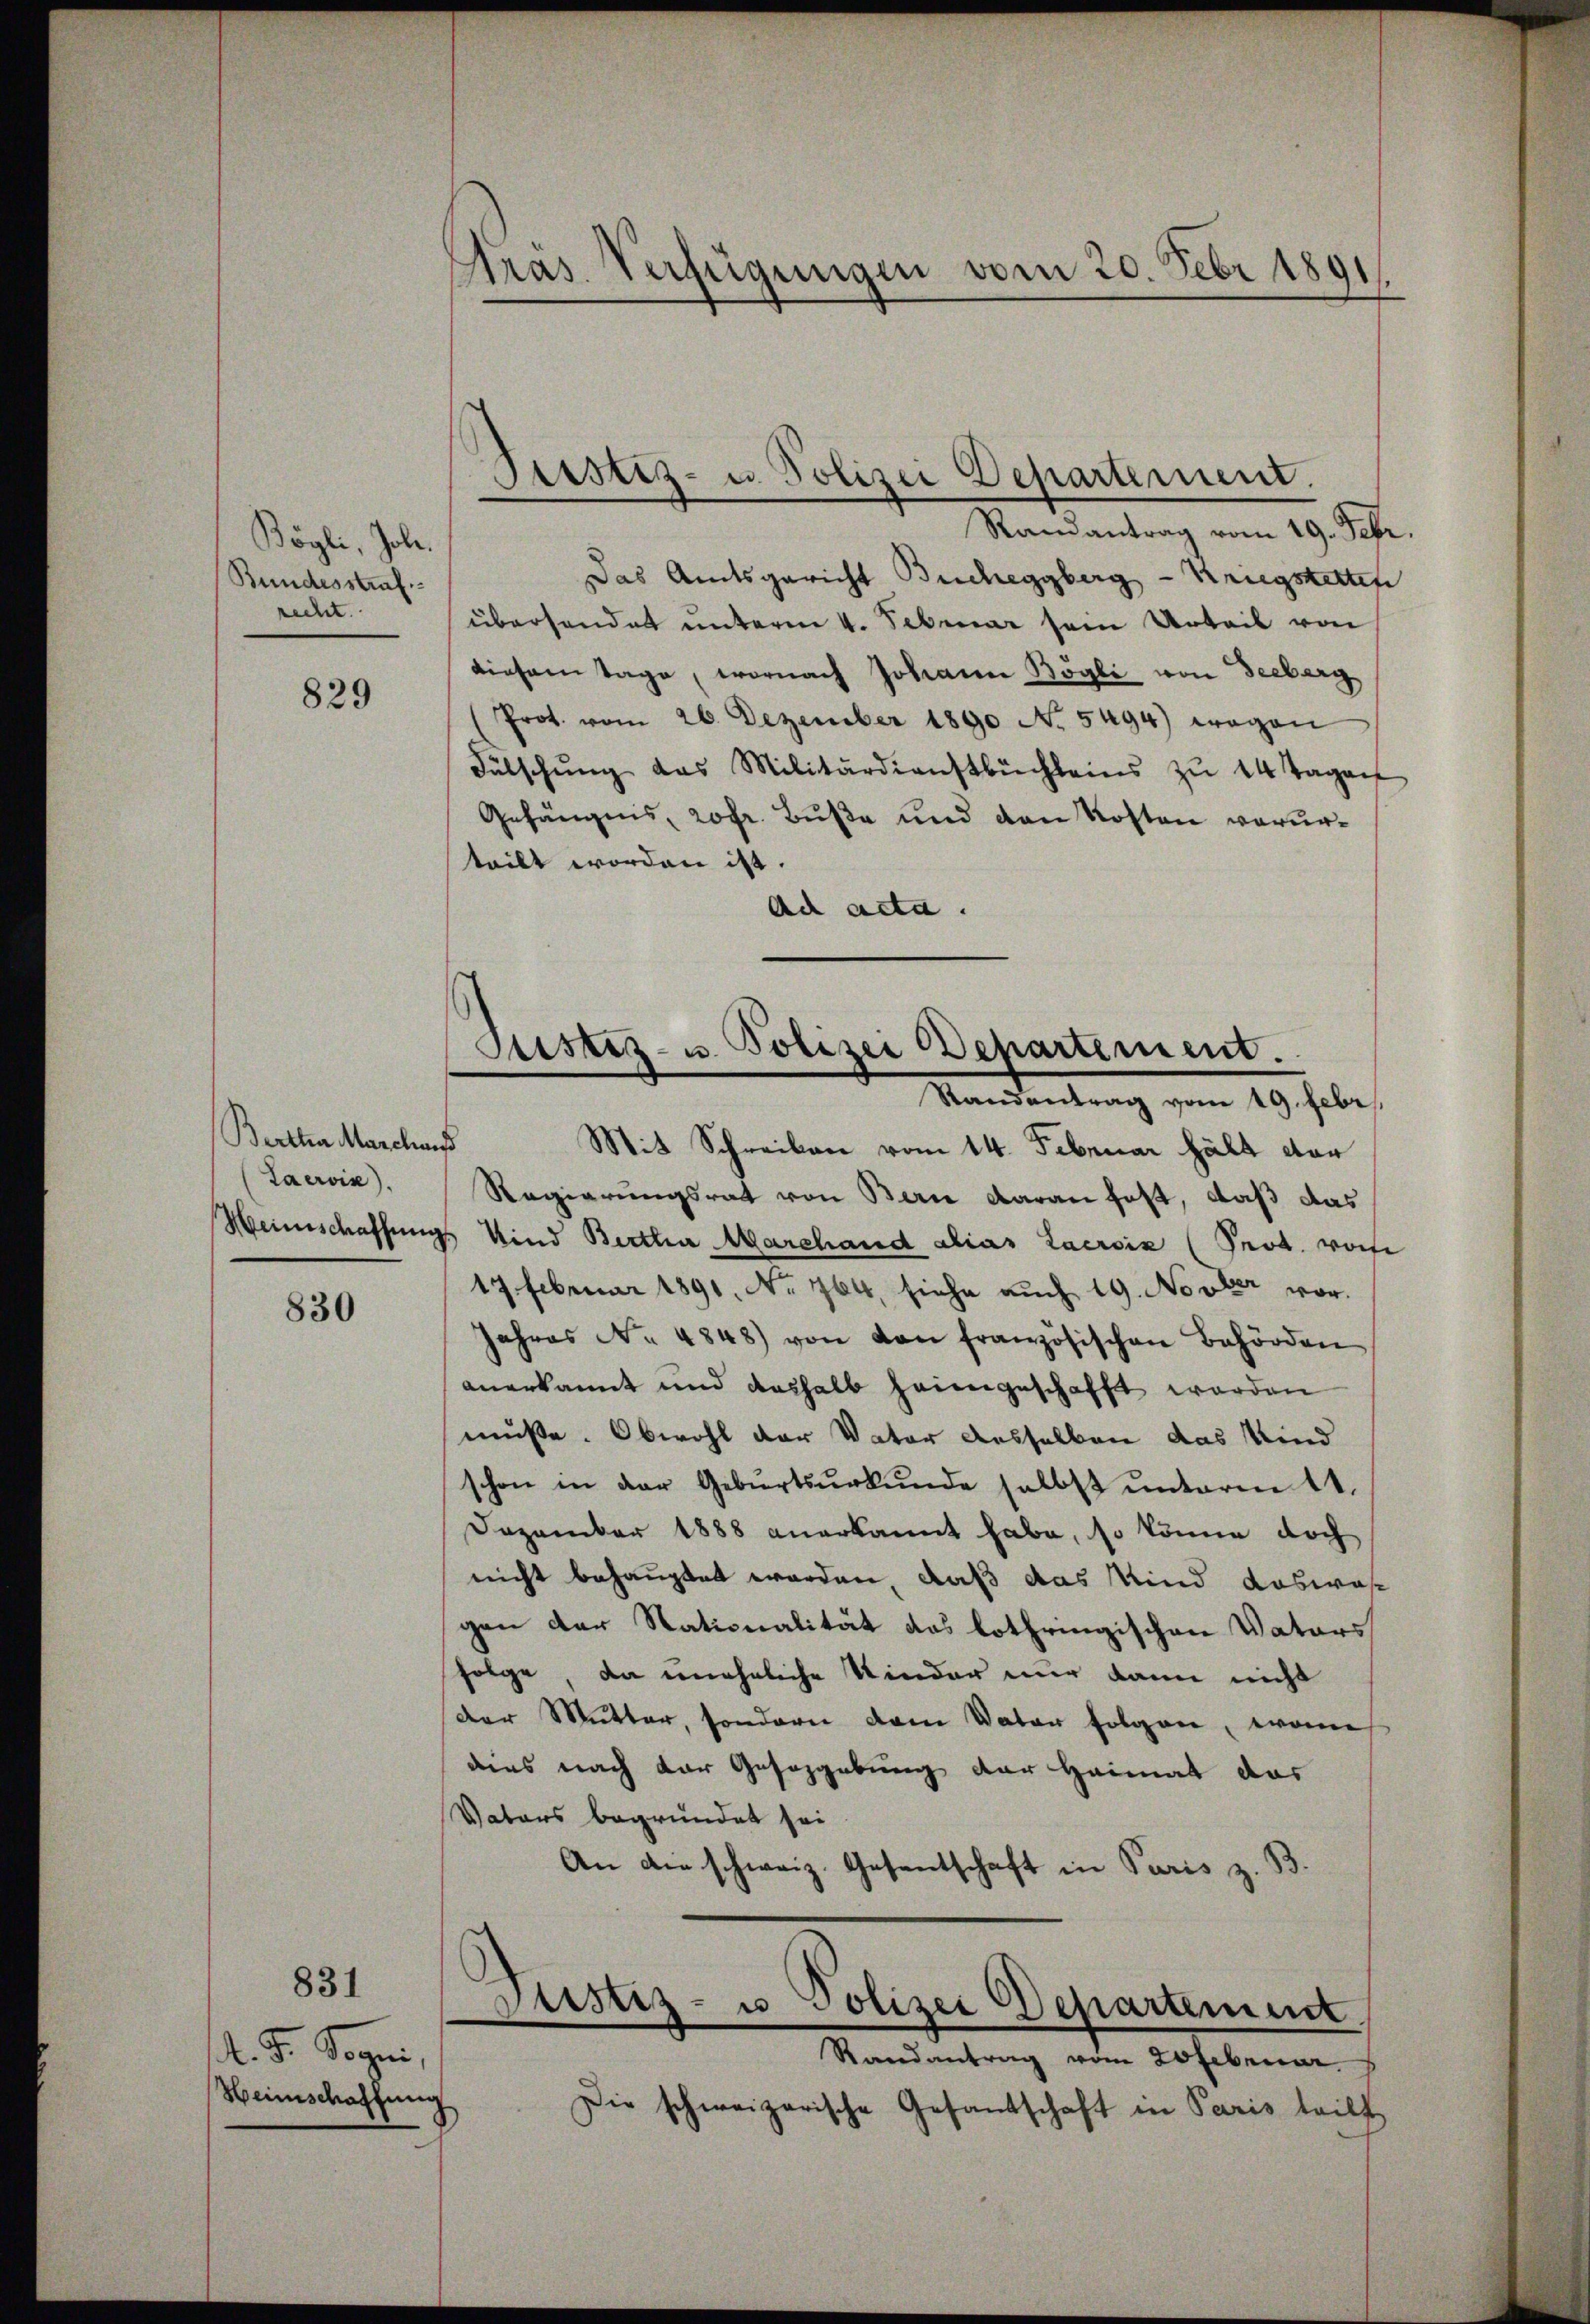
Bögli, Joh.
Bundesstraf
recht.

829

Bertha Marchaus
Laervis).

830

831

. J. Sogen,
Heimschaffung

Pras. Verfügungen vom 20. Febr 1891

Justiz- u. Polizei Departement.

Justiz- u. Polizei Departement.
Randantrag vom 19. Febr.

Mit Schreiben vom 14. Februar hält der
Regierungsrat von Bern daran fest, daß das
Meinschaffungs Kind Bertha Marchand alias Lacroix (Prod. wor
17 Februar 1891, No 764, siehe auch 19. Novber vor.
Jahres No 4848) von von französischen Behörden
anerkannt und deshalb heimgeschafft werden
müsse. Obwohl der Vater desselben das Kind
schon in der Gebŭrtsŭrkŭnde selbst ŭnterm 11.
Dezember 1888 anerkannt habe, so könne doch
nicht behauptet worden, daß das Kind auswas
gen der Stationalität das lothringischen Vaters
folge, da uneheliche Kinder nur dann nicht
der Mutter, sondern dem Vater folgen, womi
dies nach der Gesagebung der Heimat das
Vaters begründet sei
An die schweiz. Gesentschaft in Paris z. B.

Randantrag vom 19. Febr.
Das Amtsgericht Bucheggberg - Kriegstetten
überhandet unterm 4. Februar sein Urteil von
diesem Tage, wornach Johanne Bögli von Seeberg
Prot. vom 26. Dezember 1890 No. 5494) wogen
Fülschŭng das Militärdienstbüchleins zŭ 14 Tagen
Gefängnis, rofr. Buße und den Kosten verurteilt worden ist.
Ad acta.

Justiz- u Polizei Departement
Randantrag vom 20februar.

Die schweizerische Gesantschaft in Paris triff